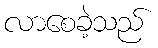
လာစေခဲ့သည်